Indian journal of veterinary science and animal husbandry - Volumes 15-17, 1948-1951
Year: 1948
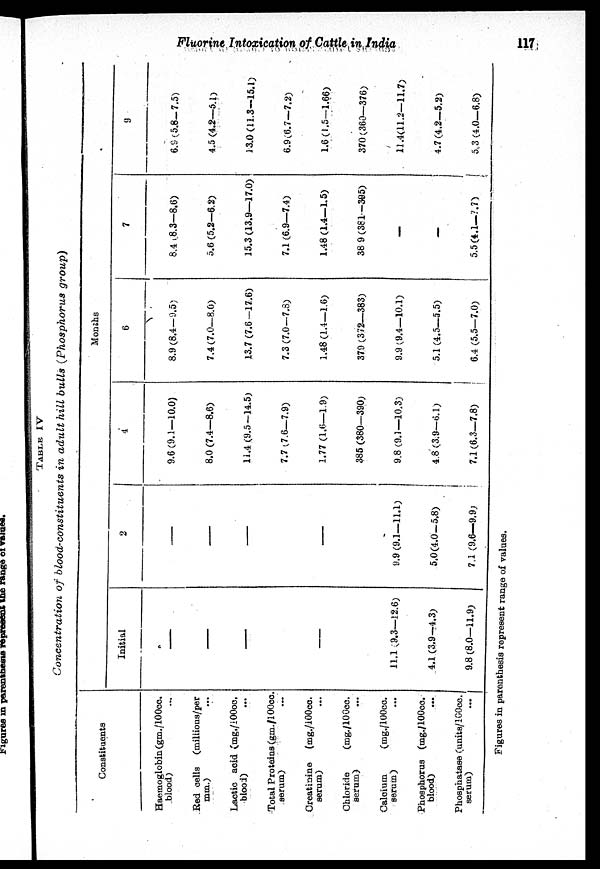
Fluorine Intoxication of Cattle in India
117
TABLE IV
Concentration
of blood-constituents
in adult hill bulls (Phosphorus
group)
Constituents
Haemoglobin (gm./100cc.
blood)...
Red cells (millions/per
mm.)...
Lactic acid (mg./100cc.
blood)...
Total Proteins (gm./100cc.
serum)...
Creatinine (mg./100cc.
serum)...
Chloride
(mg./100cc.
serum)...
Calcium
(mg./100cc.
serum)...
Phosphorus (mg./100cc.
blood)...
Phosphatase (units/100cc.
serum)...
Months
Initial
—
—
—
—
11.1 (9.3—12.6)
4.1 (3.9—4.3)
9.8 (8.0—11.9)
2
—
—
—
—
9.9 (9.1—11.1)
5.0(4.0—5.8)
7.1 (9.6—9.9)
4
9.6 (9.1—10.0)
8.0 (7.4—8.6)
11.4 (9.5—14.5)
7.7 (7.6—7.9)
1.77 (1.6—1.9)
385 (380—390)
9.8 (9.1—10.3)
4.8(3.9—6.1)
7.1 (6.3—7.8)
6
8.9 (8.4—9.5)
7.4 (7.0—8.0)
13.7 (7.6—17.6)
7.3 (7.0—7.8)
1.48 (1.4—1.6)
379 (372—383)
9.9 (9.4—10.1)
5.1 (4.5—5.5)
6.4 (5.5—7.0)
7
8.4 (8.3—8.6)
5.6 (5.2—6.2)
15.3 (13.9—17.0)
7.1 (6.9—7.4)
1.48 (1.4—1.5)
389 (381—365)
—
—
5.5(4.1—7.7)
9
6.9 (5.8—7.5)
4.5 (4.2—5.1)
13.0 (11.3—15.1)
6.9 (6.7—7.2)
1.6(1.5—1.66)
370 (360—376)
11.4(11.2—11.7)
4.7 (4.2—5.2)
5.3 (4.0—6.8)
Figures in parenthesis represent range of values.